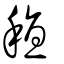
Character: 稙